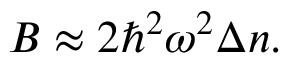
B \approx 2 \hbar ^ { 2 } \omega ^ { 2 } \Delta n .